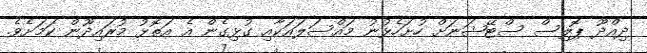
ދިއްދޫ ޕޮލިސް ސްޓޭޝަނަށް ހުށަހެޅުނު މައްސަލަައަކާއި ގުޅިގެން އެ އަތޮޅު މުރައިދޫން ކަމަށެެވެ.